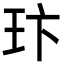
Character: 玣